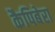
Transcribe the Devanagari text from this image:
कैपिबेरा